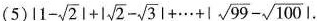
(5)$$|1- \sqrt{2}|+| \sqrt{2}- \sqrt{3}|+ \cdots +|\sqrt{99}- \sqrt{100}|$$。